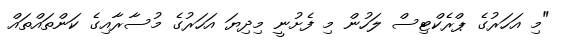
"މި އަހަރުގެ ޕްރެކްޓިސް ލަހުން މި ފެށުނީ މިދިޔަ އަހަރުގެ މުސާރާއިގެ ކަންތައްތައް